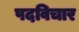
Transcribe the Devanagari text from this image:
पदविचार